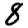
Digit: 8